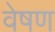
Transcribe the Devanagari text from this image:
वेषण